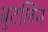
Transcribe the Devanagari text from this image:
बुटलिन